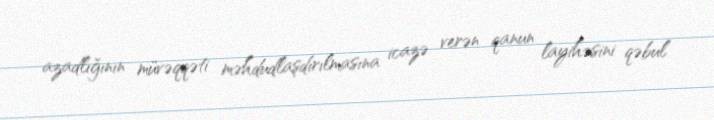
azadlığının müvəqqəti məhdudlaşdırılmasına icazə verən qanun layihəsini qəbul